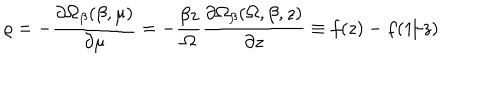
\varrho = - \frac { \partial \Omega _ { \beta } ( \beta , \mu ) } { \partial \mu } = - \frac { \beta z } { \Omega } \frac { \partial \Omega _ { \beta } ( \Omega , \beta , z ) } { \partial z } \equiv f ( z ) - f ( 1 / z )